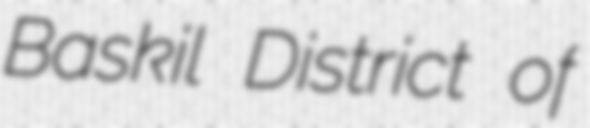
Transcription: Baskil District of